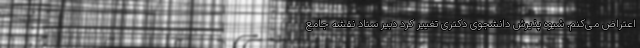
اعتراض می‌کنم. شیوه پذیرش دانشجوی دکتری تغییر کرد دبیر ستاد نقشه جامع